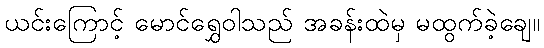
ယင်းကြောင့် မောင်ရွှေဝါသည် အခန်းထဲမှ မထွက်ခဲ့ချေ။